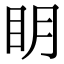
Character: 眀